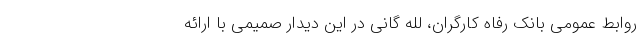
روابط عمومی بانک رفاه کارگران، لله گانی در این دیدار صمیمی با ارائه